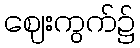
ဈေးကွက်၌